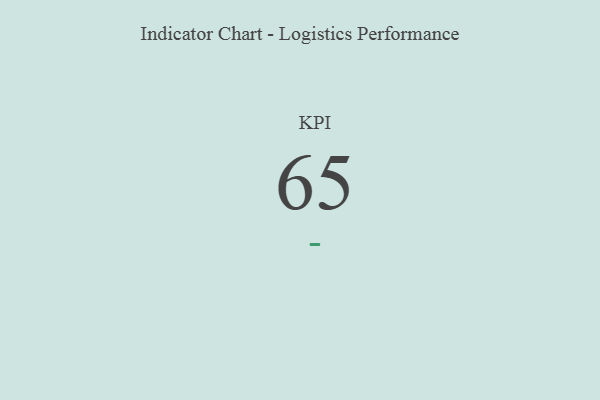
{"axis": {"x": "KPI", "y": "Value"}, "legend": [""], "data": [{"x": "KPI", "y": 65, "type": ""}]}